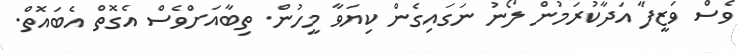
ވެސް ވަޒީފާ އަދާކުރަމުން ލޯނު ނަގައިގެން ކިޔަވާ މީހުން. ތިބާއަށްވެސް އެގޮތް އެބައޮތް.